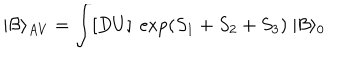
| { \cal B } \rangle _ { A V } = \int [ D U ] \ \exp ( S _ { 1 } + S _ { 2 } + S _ { 3 } ) \ | { \cal B } \rangle _ { 0 }